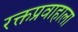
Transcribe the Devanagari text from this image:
रक्तप्रवाहाला